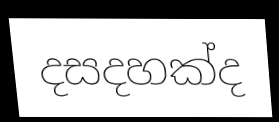
දසදහක්ද